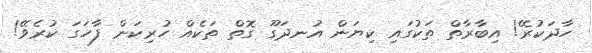
ހާދަކުރޭ! އިބާރާތް ތަކުގައި ކިޔަން އުނދަގޫ ގޮތް ތަކެއް ހުރިކަން ފާހަގަ ކުރެވޭ!